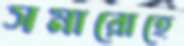
সমারোহে